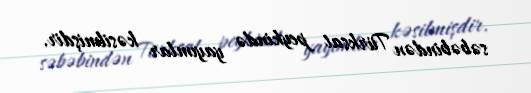
səbəbindən Türksat peykində yayımlar kəsilmişdir.